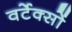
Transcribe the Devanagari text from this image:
वर्टेक्सों